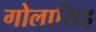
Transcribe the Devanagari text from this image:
गोलासिह